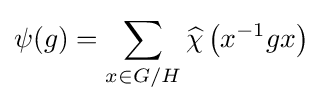
\psi (g)=\sum _{x\in G/H}{\widehat {\chi }}\left(x^{-1}gx\right)